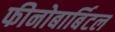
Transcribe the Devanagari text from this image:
फीनोबार्बिटल